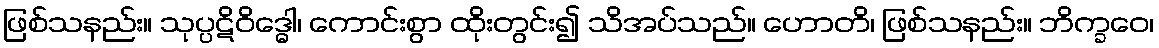
ဖြစ်သနည်း။ သုပ္ပဋိဝိဒ္ဓေါ၊ ကောင်းစွာ ထိုးတွင်း၍ သိအပ်သည်။ ဟောတိ၊ ဖြစ်သနည်း။ ဘိက္ခဝေ၊